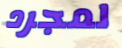
لمجرد